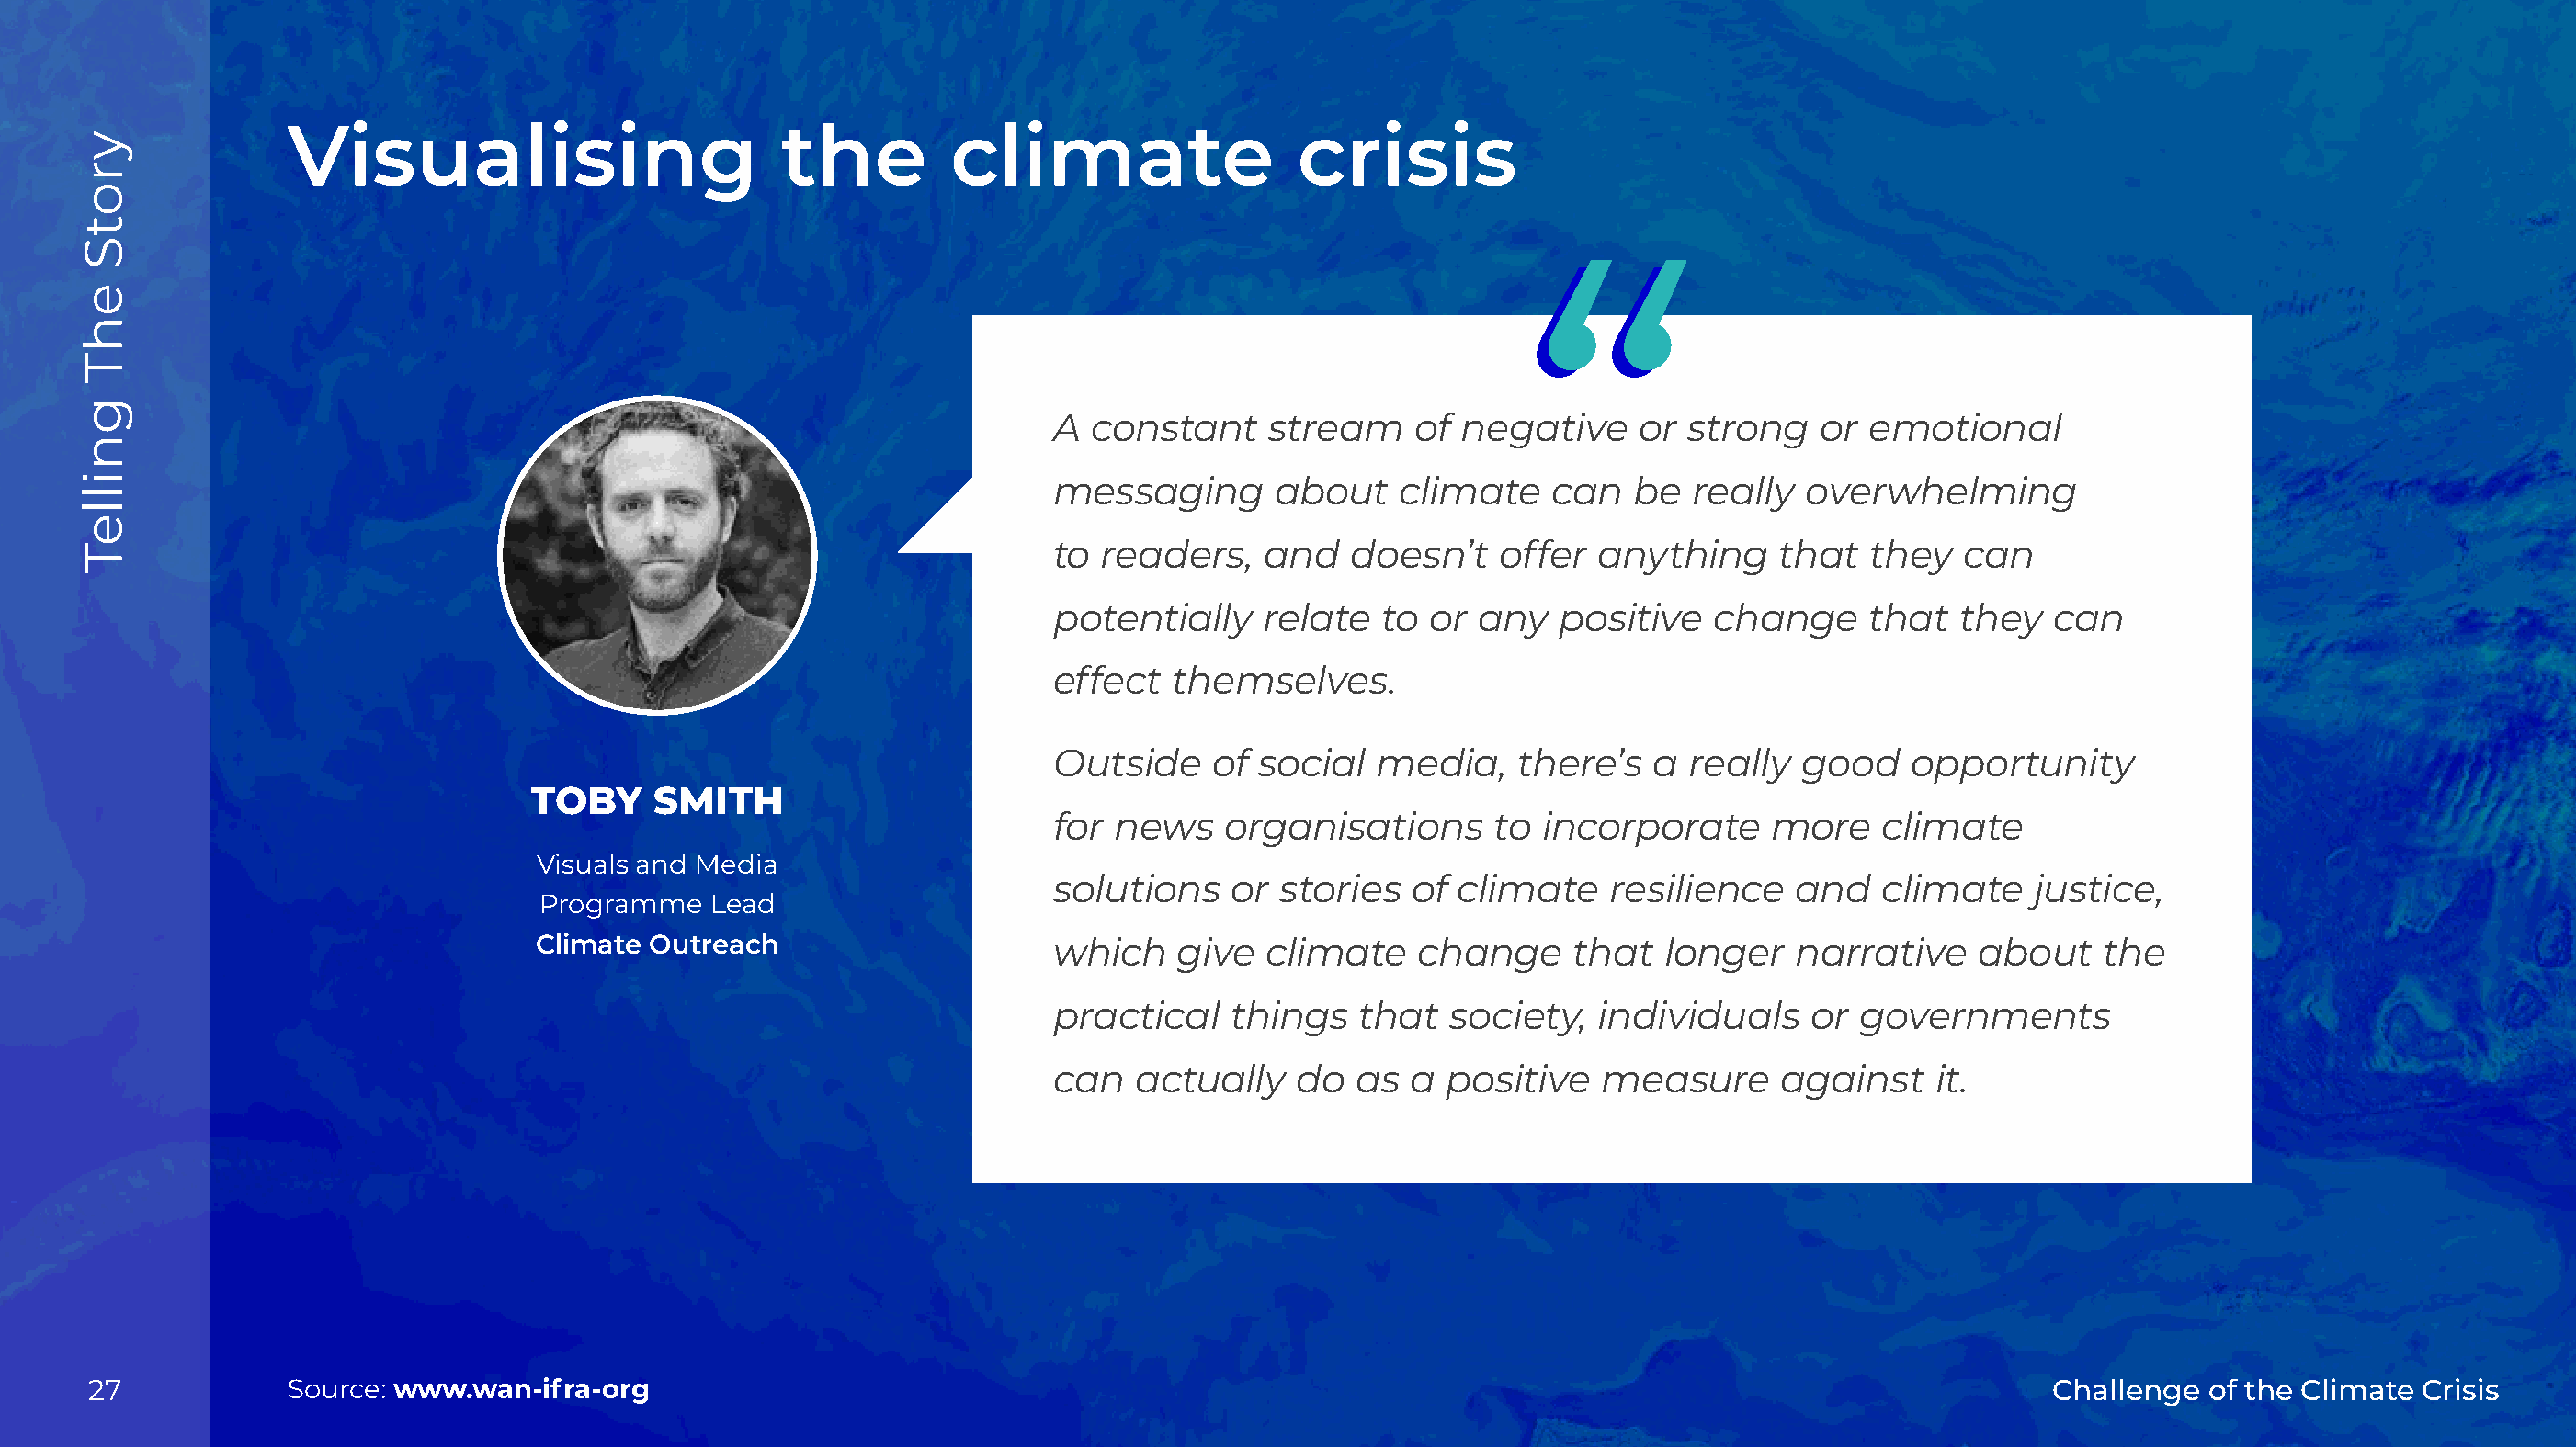
Visualising                        the         climate                  crisis
 A  constant    stream     of negative     or  strong   or  emotional
 messaging       about    climate    can   be  really  overwhelming
 to readers,    and   doesn’t    offer  anything     that   they  can
 potentially    relate   to or any   positive   change      that  they   can
 effect  themselves.
 Outside    of  social  media,    there’s   a  really  good    opportunity
 TOBY     SMITH
 for news    organisations       to incorporate      more    climate
 Visuals and Media
 solutions    or stories   of climate    resilience   and    climate   justice,
 Programme   Lead
 Climate Outreach                     which    give  climate    change     that   longer   narrative    about    the
 practical    things   that  society,   individuals    or  governments
 can   actually   do   as  a positive   measure      against    it.
 27             Source: www.wan-ifra-org                                                                                                       Challenge  of the Climate Crisis
 yrotS
 ehT
 gnilleT